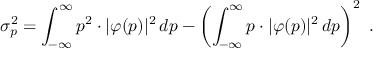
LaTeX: \sigma _ { p } ^ { 2 } = \int _ { - \infty } ^ { \infty } p ^ { 2 } \cdot | \varphi ( p ) | ^ { 2 } \, d p - \left( \int _ { - \infty } ^ { \infty } p \cdot | \varphi ( p ) | ^ { 2 } \, d p \right) ^ { 2 } ~ .